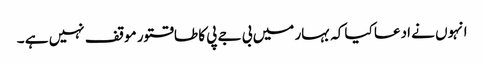
انہوں نے ادعا کیا کہ بہار میں بی جے پی کا طاقتور موقف نہیں ہے ۔